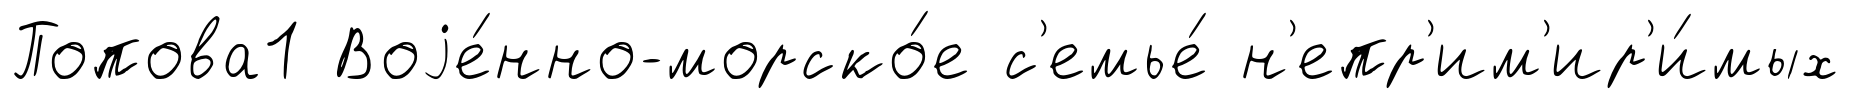
Попова1 Воjе́нно-морско́е с'емье́ н'епр'им'ир'и́мых